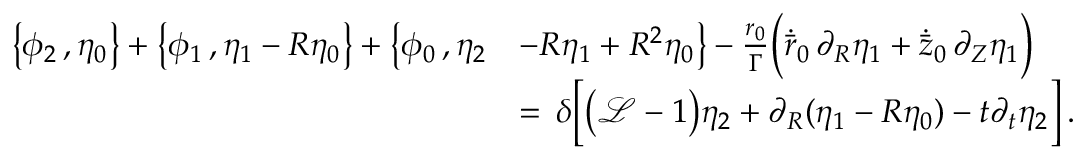
\begin{array} { r l } { \bigl \{ \phi _ { 2 } \, , \eta _ { 0 } \bigr \} + \bigl \{ \phi _ { 1 } \, , \eta _ { 1 } - R \eta _ { 0 } \bigr \} + \bigl \{ \phi _ { 0 } \, , \eta _ { 2 } } & { - R \eta _ { 1 } + R ^ { 2 } \eta _ { 0 } \bigr \} - \frac { r _ { 0 } } { \Gamma } \Bigl ( \dot { \bar { r } } _ { 0 } \, \partial _ { R } \eta _ { 1 } + \dot { \bar { z } } _ { 0 } \, \partial _ { Z } \eta _ { 1 } \Bigr ) } \\ { \, } & { = \, \delta \Bigl [ \bigl ( \mathcal { L } - 1 \bigr ) \eta _ { 2 } + \partial _ { R } ( \eta _ { 1 } - R \eta _ { 0 } ) - t \partial _ { t } \eta _ { 2 } \Bigr ] \, . } \end{array}